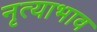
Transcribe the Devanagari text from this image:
नृत्याभाव